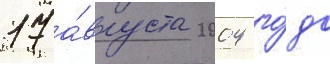
17 а́вгуста 2004 го́да